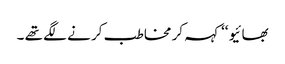
بھائیو ‘‘ کہہ کر مخاطب کر نے لگے تھے ۔